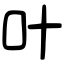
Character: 叶